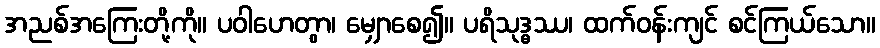
အညစ်အကြေးတို့ကို။ ပဝါဟေတွာ၊ မျှောစေ၍။ ပရိသုဒ္ဓဿ၊ ထက်ဝန်းကျင် စင်ကြယ်သော။